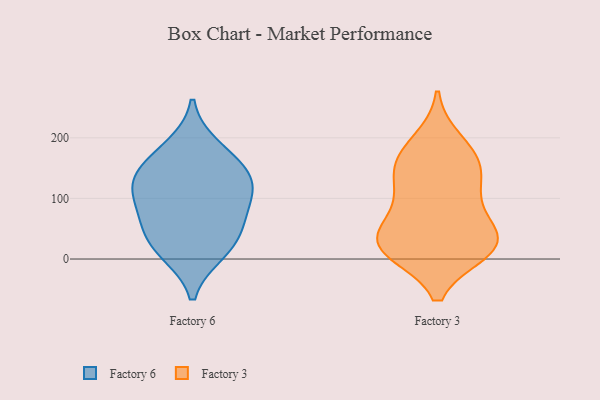
{"axis": {"x": "Page Views", "y": "Value"}, "legend": ["Factory 3", "Factory 6"], "data": [{"x": "", "y": 58, "type": "Factory 6"}, {"x": "", "y": 143, "type": "Factory 6"}, {"x": "", "y": 11, "type": "Factory 6"}, {"x": "", "y": 153, "type": "Factory 6"}, {"x": "", "y": 19, "type": "Factory 6"}, {"x": "", "y": 185, "type": "Factory 6"}, {"x": "", "y": 55, "type": "Factory 6"}, {"x": "", "y": 123, "type": "Factory 6"}, {"x": "", "y": 99, "type": "Factory 6"}, {"x": "", "y": 110, "type": "Factory 6"}, {"x": "", "y": 158, "type": "Factory 3"}, {"x": "", "y": 26, "type": "Factory 3"}, {"x": "", "y": 27, "type": "Factory 3"}, {"x": "", "y": 30, "type": "Factory 3"}, {"x": "", "y": 105, "type": "Factory 3"}, {"x": "", "y": 112, "type": "Factory 3"}, {"x": "", "y": 158, "type": "Factory 3"}, {"x": "", "y": 22, "type": "Factory 3"}, {"x": "", "y": 158, "type": "Factory 3"}, {"x": "", "y": 68, "type": "Factory 3"}, {"x": "", "y": 22, "type": "Factory 3"}, {"x": "", "y": 193, "type": "Factory 3"}, {"x": "", "y": 15, "type": "Factory 3"}]}